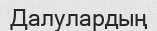
Далулардың